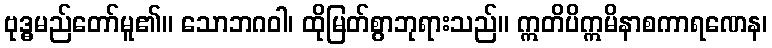
ဗုဒ္ဓမည်တော်မူ၏။ သောဘဂဝါ၊ ထိုမြတ်စွာဘုရားသည်။ ဣတိပိဣမိနာစကာရဏေန၊